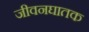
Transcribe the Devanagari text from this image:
जीवनघातक